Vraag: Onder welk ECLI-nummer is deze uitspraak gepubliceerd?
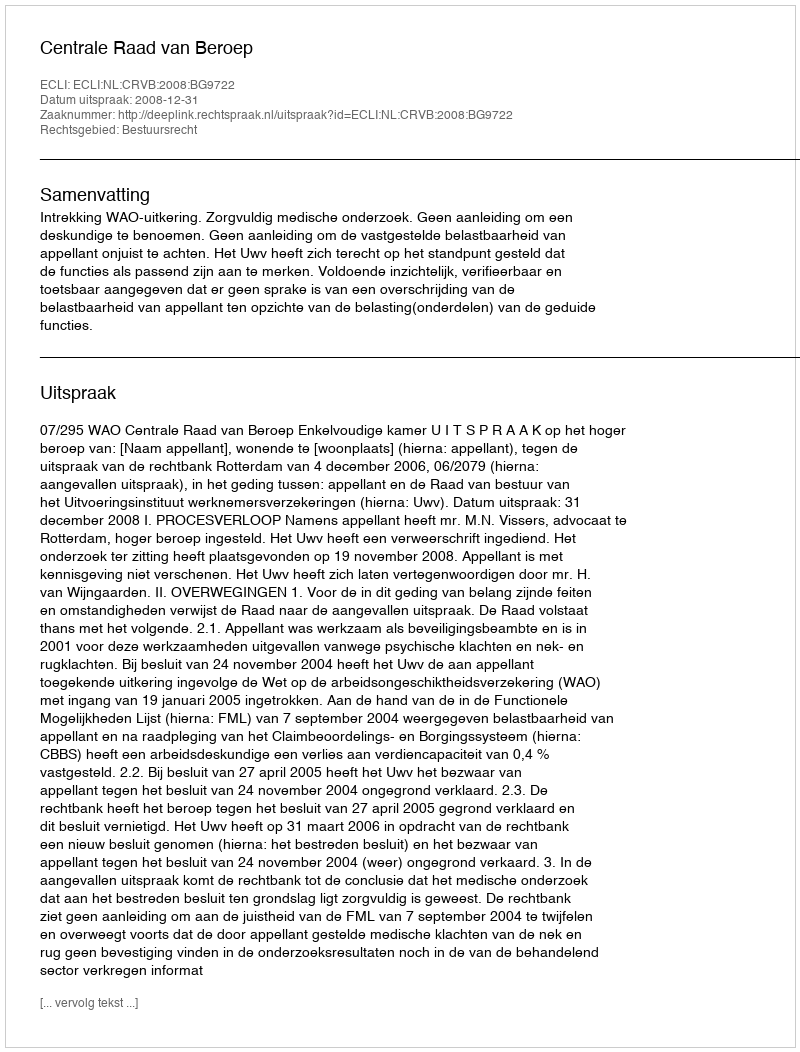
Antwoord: ECLI:NL:CRVB:2008:BG9722